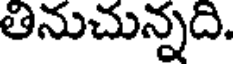
తినుచున్నది.